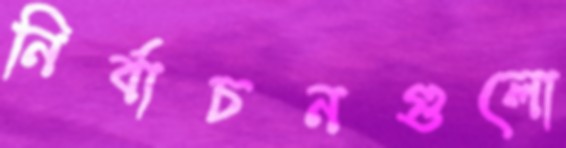
নির্বাচনগুলো